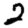
Digit: 2